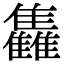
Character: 雥